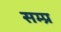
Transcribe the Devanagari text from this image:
सम्प्र